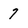
Character: 7